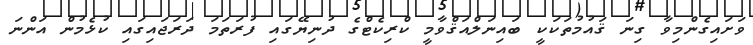
ވަށައިގެންމިވާ ގިނަ ޤައުމުތަކަކީ ބައިނަލްއަޤްވާމީ ކްރިކެޓްގެ ދުނިޔޭގައި ފުރަތަމަ ދަރަޖައިގައި ކުޅެމުން އަންނަ